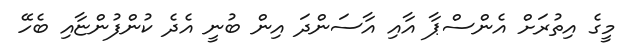
މީގެ އިތުރަށް އެންސްޕާ އާއި އާސަންދަ އިން ބުނީ އެދެ ކުންފުންޏާއި ބެހޭ